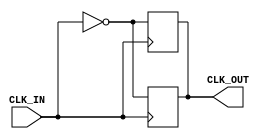
module InvertingClockBuffer (
    input wire CLK_IN,      // Input clock signal
    output reg CLK_OUT      // Output inverted clock signal
);

    // Parameter for propagation delay
    parameter t_pd = 5;    // Example propagation delay in time units (can be adjusted)

    // Always block triggered by the rising edge of CLK_IN
    always @(posedge CLK_IN) begin
        #t_pd CLK_OUT <= ~CLK_IN; // Invert CLK_IN with propagation delay
    end

    // Always block triggered by the falling edge of CLK_IN
    always @(negedge CLK_IN) begin
        #t_pd CLK_OUT <= ~CLK_IN; // Invert CLK_IN with propagation delay
    end

endmodule